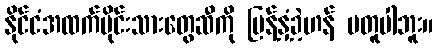
နိုင်ငံအထက်ပိုင်းသားတွေဆီကို ပြန့်နှံ့ခဲ့ဟန် မတူပါဘူး။